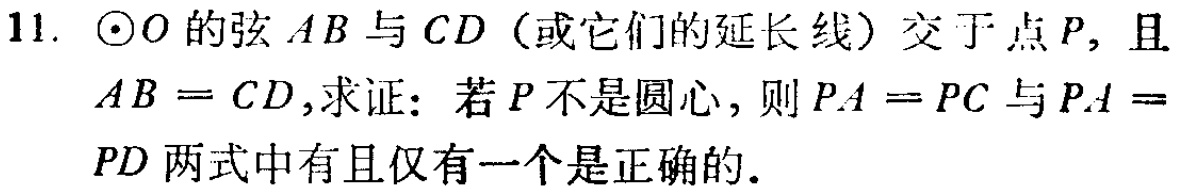
11. $\odot O$的弦$AB$与$CD$（或它们的延长线）交于点$P$，且$AB = CD$，求证：若$P$不是圆心，则$PA = PC$与$PA = PD$两式中有且仅有一个是正确的.